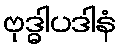
ဗုဒ္ဓါပဒါနံ